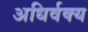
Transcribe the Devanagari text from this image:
अधिर्वक्य